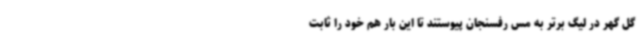
گل گهر در لیگ برتر به مس رفسنجان پیوستند تا این بار هم خود را ثابت